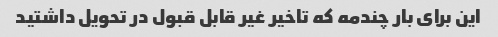
این برای بار چندمه که تاخیر غیر قابل قبول در تحویل داشتید